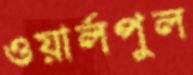
ওয়ার্লপুল